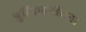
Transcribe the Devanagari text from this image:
त्रुटिसहनीयना